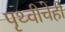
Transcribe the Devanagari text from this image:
पृथ्वीचेही